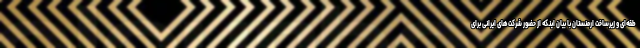
طقه‌ای و زیرساخت‌ ارمنستان با بیان اینکه از حضور شرکت‌های ایرانی برای